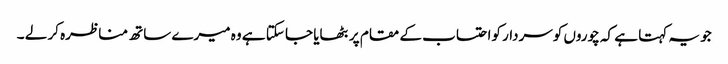
جو یہ کہتا ہے کہ چوروں کوسردار کواحتساب کے مقام پر بٹھایا جا سکتا ہے وہ میرے ساتھ مناظرہ کر لے ۔